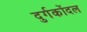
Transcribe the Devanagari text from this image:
दुर्गकोंदल